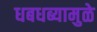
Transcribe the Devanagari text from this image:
धबधब्यामुळे